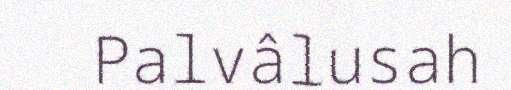
Palvâlusah